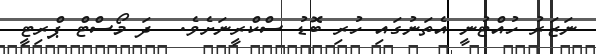
ނަޒަރު ހުއްޓުނީ އެތަނުގައި ހުރި ބޮޑު ސްކްރީނަށެވެ.  ދަ މޯސްޓް ޕްރިޓީ